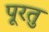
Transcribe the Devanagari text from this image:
पूरतु